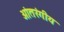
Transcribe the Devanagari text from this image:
आंतरंगीय